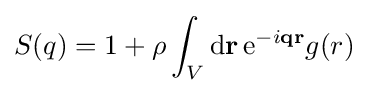
S(q)=1+\rho \int _{V}\mathrm {d} \mathbf {r} \,\mathrm {e} ^{-i\mathbf {q} \mathbf {r} }g(r)